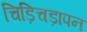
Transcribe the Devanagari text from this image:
चिड़िचड़ापन